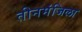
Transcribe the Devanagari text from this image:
तीनमंजिला